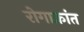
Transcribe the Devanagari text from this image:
रोगाक्रांत